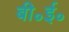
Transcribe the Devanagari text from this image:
बी॰ई॰